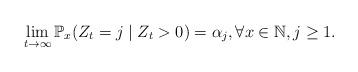
LaTeX: \begin{align*}\lim_{t\rightarrow \infty } \mathbb P_x(Z_t=j\mid Z_t>0) = \alpha _j, \forall x\in \mathbb N, j\geq 1.\end{align*}